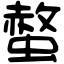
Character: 螫